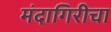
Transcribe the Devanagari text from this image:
मंदागिरीचा